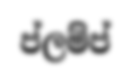
ප්ලම්ප්